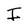
Character: I